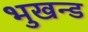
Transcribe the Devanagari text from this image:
भुखन्ड